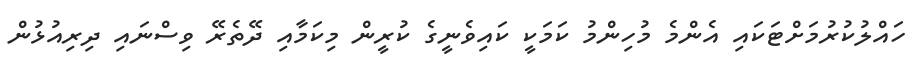
ހައްލުކުރުމަށްޓަކައި އެންމެ މުހިންމު ކަމަކީ ކައިވެނީގެ ކުރީން މިކަމާއި ދޭތެރޭ ވިސްނައި ދިރިއުޅުން